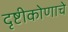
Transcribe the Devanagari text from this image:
दृष्टीकोणाचे